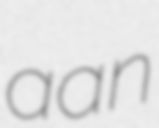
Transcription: aan